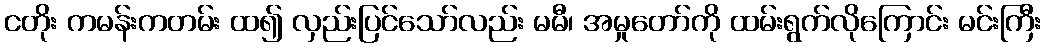
ငတိုး ကမန်းကတမ်း ထ၍ လှည်းပြင်သော်လည်း မမီ၊ အမှုတော်ကို ထမ်းရွက်လိုကြောင်း မင်းကြီး